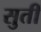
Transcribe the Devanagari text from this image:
सुतीं